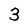
Character: 3